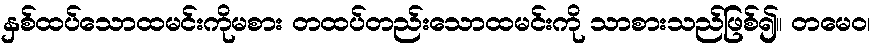
နှစ်ထပ်သောထမင်းကိုမစား တထပ်တည်းသောထမင်းကို သာစားသည်ဖြစ်၍။ တမေဝ၊